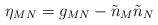
\begin{align*}\eta_{MN} = g_{MN} - \tilde n_M \tilde n_N\end{align*}